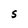
Character: S